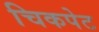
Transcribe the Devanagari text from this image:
चिकपेट